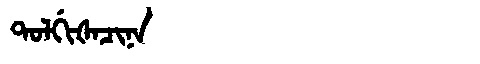
Manchu: ᡨᠣᠯᡤᡳᡧᠠᠴᡳᠨᠠ
Romanization: TOLGIŠACINA